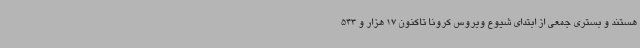
هستند و بستری جمعی از ابتدای شیوع ویروس کرونا تاکنون 17 هزار و 543